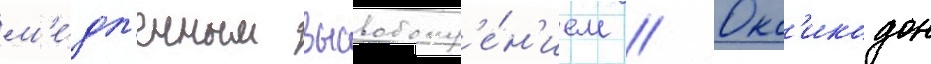
м'е́дл'енным высвобожд'е́н'ием // Окс'икодон